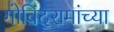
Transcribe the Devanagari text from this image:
गोविंदरामांच्या